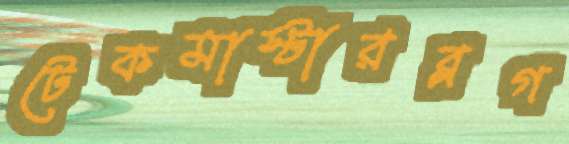
টেকমাস্টারব্লগ